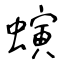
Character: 螾